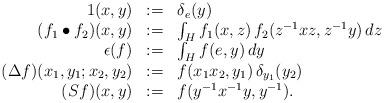
LaTeX: \begin{align*}\begin{array}{rcl}1(x,y)&:=&\delta_e(y)\\(f_1\bullet f_2)(x,y)&:=&\int_H f_1(x,z)\,f_2(z^{-1}xz,z^{-1}y)\,dz \\\epsilon(f)&:=&\int_H f(e,y)\,dy\\(\Delta f)(x_1,y_1;x_2,y_2)&:=&f(x_1x_2,y_1)\,\delta_{y_1}(y_2) \\(S f)(x,y)&:=&f(y^{-1}x^{-1}y,y^{-1}).\end{array}\end{align*}